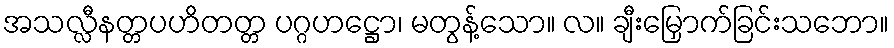
အသလ္လီနတ္တပဟိတတ္တ ပဂ္ဂဟဋ္ဌော၊ မတွန့်သော။ လ။ ချီးမြှောက်ခြင်းသဘော။